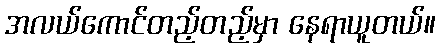
အလယ်ကောင်တည့်တည့်မှာ နေရာယူတယ်။